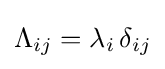
\Lambda _{ij}=\lambda _{i}\,\delta _{ij}